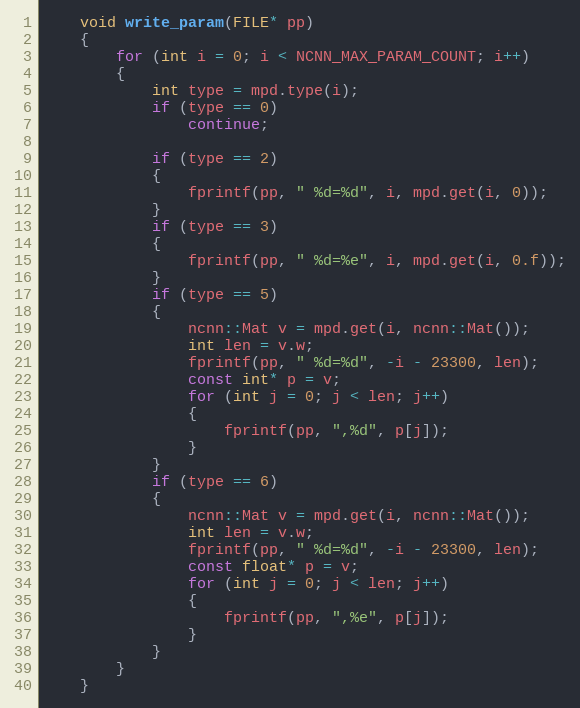
Language: C++
    void write_param(FILE* pp)
    {
        for (int i = 0; i < NCNN_MAX_PARAM_COUNT; i++)
        {
            int type = mpd.type(i);
            if (type == 0)
                continue;

            if (type == 2)
            {
                fprintf(pp, " %d=%d", i, mpd.get(i, 0));
            }
            if (type == 3)
            {
                fprintf(pp, " %d=%e", i, mpd.get(i, 0.f));
            }
            if (type == 5)
            {
                ncnn::Mat v = mpd.get(i, ncnn::Mat());
                int len = v.w;
                fprintf(pp, " %d=%d", -i - 23300, len);
                const int* p = v;
                for (int j = 0; j < len; j++)
                {
                    fprintf(pp, ",%d", p[j]);
                }
            }
            if (type == 6)
            {
                ncnn::Mat v = mpd.get(i, ncnn::Mat());
                int len = v.w;
                fprintf(pp, " %d=%d", -i - 23300, len);
                const float* p = v;
                for (int j = 0; j < len; j++)
                {
                    fprintf(pp, ",%e", p[j]);
                }
            }
        }
    }